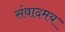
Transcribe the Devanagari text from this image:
संवादमय